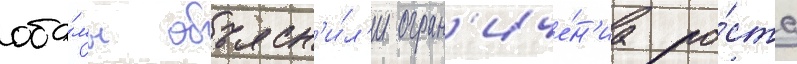
оба́мы объясн'и́л'и огран'иче́н'иа ро́ста